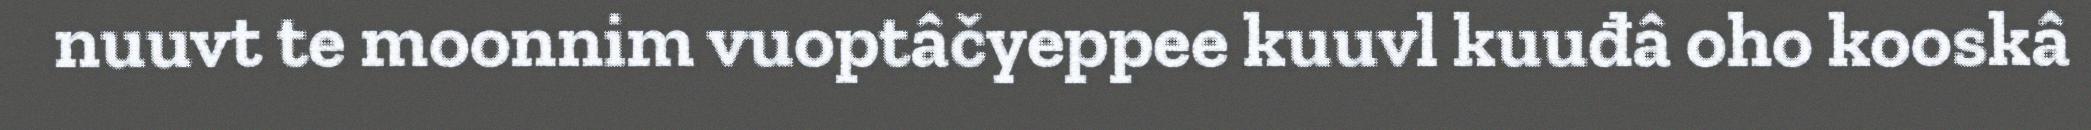
nuuvt te moonnim vuoptâčyeppee kuuvl kuuđâ oho kooskâ